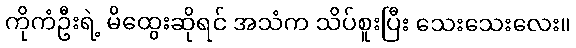
ကိုကံဦးရဲ့ မိထွေးဆိုရင် အသံက သိပ်စူးပြီး သေးသေးလေး။